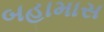
બહામાસ